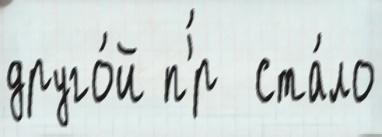
друго́й п'́р  ста́ло